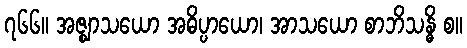
၇၆၆။ အဇ္ဈာသယော အဓိပ္ပာယော၊ အာသယော စာဘိသန္ဓိ စ။